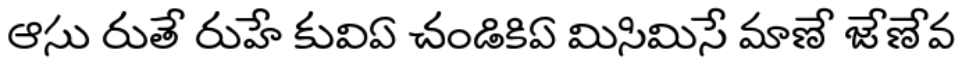
ఆసు రుతే రుహే కువిఏ చండికిఏ మిసిమిసే మాణే జేణేవ